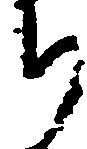
ち